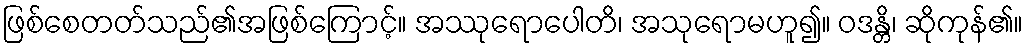
ဖြစ်စေတတ်သည်၏အဖြစ်ကြောင့်။ အဿုရောပေါတိ၊ အသုရောမဟူ၍။ ဝဒန္တိ၊ ဆိုကုန်၏။